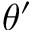
\theta ^ { \prime }